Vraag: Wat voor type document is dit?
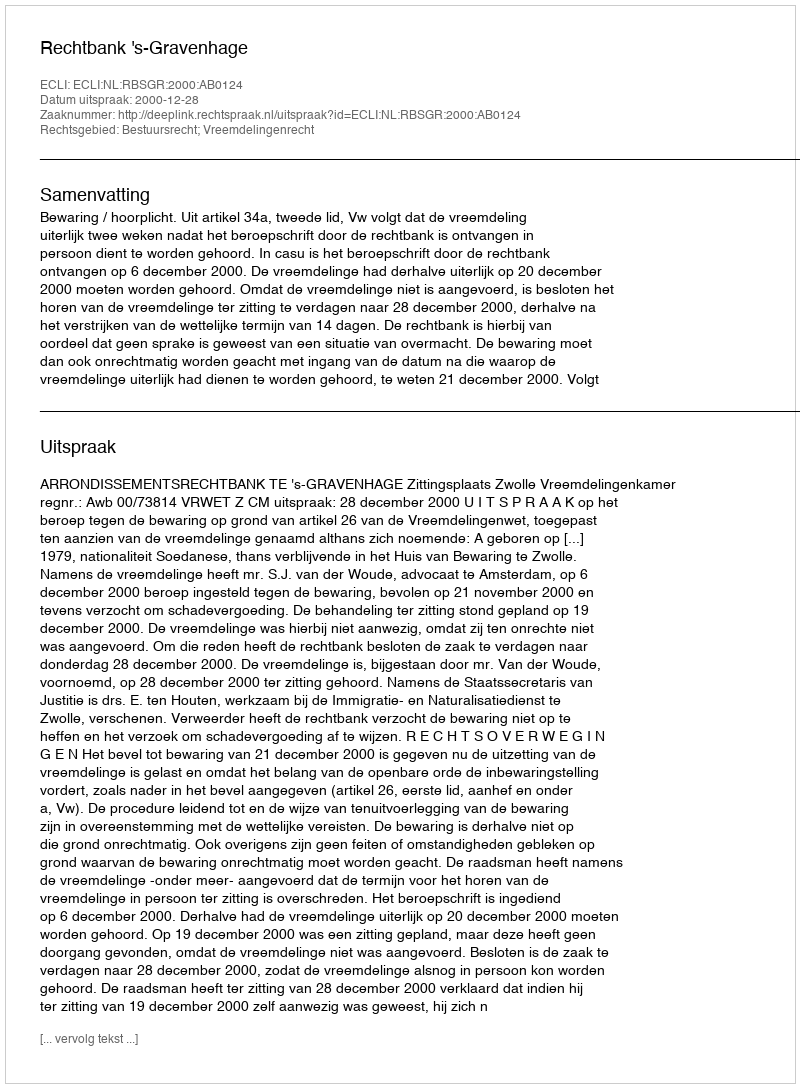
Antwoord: Uitspraak